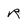
Character: R